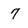
Character: 7